Insane asylums in Bengal annual reports 1876-1887 - 1876-1887
Year: 1876
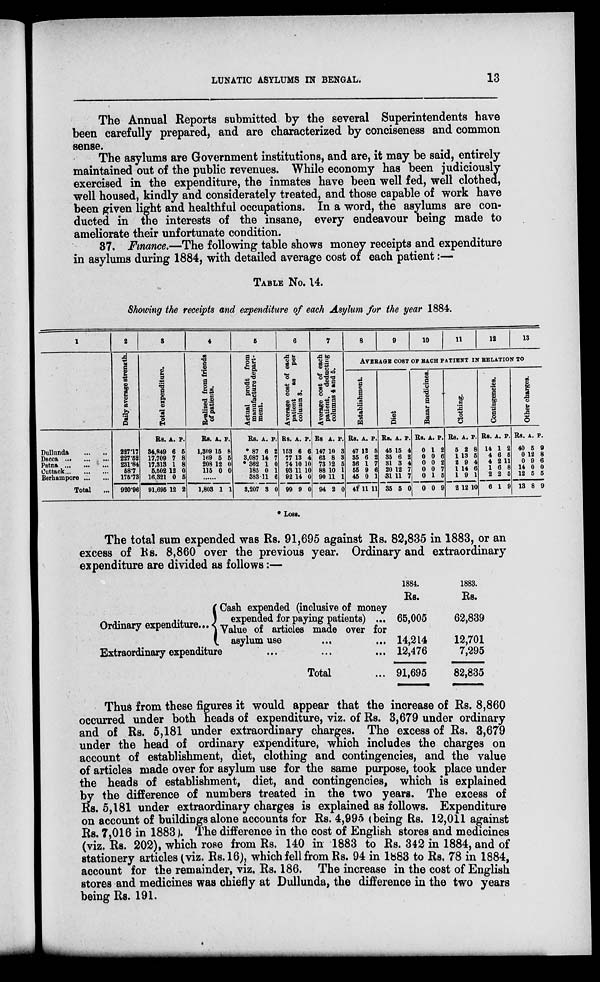
LUNATIC ASYLUMS IN BENGAL.
13
The Annual Reports submitted by the several Superintendents have
been carefully prepared, and are characterized by conciseness and common
sense.
The asylums are Government institutions, and are, it may be said, entirely
maintained out of the public revenues. While economy has been judiciously
exercised in the expenditure, the inmates have been well fed, well clothed,
well housed, kindly and considerately treated, and those capable of work have
been given light and healthful occupations. In a word, the asylums are con-
ducted in the interests of the insane, every endeavour being made to
ameliorate their unfortunate condition.
37. Finance.—The following table shows money receipts and expenditure
in asylums during 1884, with detailed average cost of each patient :—
TABLE No. 14.
Showing the receipts and expenditure of each Asylum for the year 1884.
1
Dullunda ... ... .
Dacca ... ... ...
Patna ... ... ...
Cuttack ... ... ...
Berhampore ... ...
Total ...
2
Daily average strength.
227.17
227.52
231.84
58.7
175.73
920.96
3
Total expenditure.
Rs.
34,849
17,709
17,313
5,502
16,321
91,695
A.
6
7
1
12
0
12
P.
5
8
8
0
5
2
4
Realized from friends
of patients.
Rs.
1,309
1.69
208
115
A.
15
5
12
0
P.
8
5 0
0
......
1,803 1 1
5
Actual profit from
manufacture depart-
ment.
Rs.
* 87
3,087
* 362
185
383
3,207
A.
6
14
1
0
11
3
P.
2
7
0
1
6
0
6
Average cost of each
patient
as
per
column 3.
Rs.
153
77
74
93
92
99
A.
6
13
10
11
14
9
P.
6
4
10
10
0
0
7
Average cost of each
patient, deducting
columns 4 and 5.
Rs
147
63
73
88
90
94
A.
10
8
12
10
11
2
P.
3
3
5
1
1
0
8
9
10
11
12
13
AVERAGE COST OF BACH PATIENT IN RELATION TO
Establishment.
Rs.
47
35
36
55
45
41*
A.
12
6
1
9
0
11
P.
5
2
7
6
1
11
Diet
Rs.
45
35
31
20
31
35
A.
15
6
3
12
11
5
P.
4
2
4
7
7
0
Bazar medicines.
Rs.
0
0
0
0
0
0
A.
1
0
0
0
1
0
P.
2
6 2
7
5
9
Clothing.
Rs.
5
1
2
1
1
2
A.
2
13
9
14
9
12
P.
8
5
4
6
1
10
Contingencies.
Rs.
14
4
4
1
2
6
A.
1
6
2
6
2
1
P.
2
5
11
8
5
9
Other charges.
Rs.
40
0
0
14
12
13
A.
5
12
9
0
5
8
P.
9
8
6
0
5
9
* Loss.
The total sum expended was Rs. 91,695 against Rs. 82,835 in 1883, or an
excess of Rs. 8,860 over the previous year. Ordinary and extraordinary
expenditure are divided as follows:—
Ordinary expenditure ...
Cash expended (inclusive of money
expended for paying patients) ...
Value of articles made over for
asylum use ... ...
Extraordinary expenditure ... ... ...
Total ...
1884.
Rs.
65,005
14,214
12,476
91,695
1883.
Rs.
62,839
12,701
7,295
82,835
Thus from these figures it would appear that the increase of Rs. 8,860
occurred under both heads of expenditure, viz. of Rs. 3,679 under ordinary
and of Rs. 5,181 under extraordinary charges. The excess of Rs. 3,679
under the head of ordinary expenditure, which includes the charges on
account of establishment, diet, clothing and contingencies, and the value
of articles made over for asylum use for the same purpose, took place under
the heads of establishment, diet, and contingencies, which is explained
by the difference of numbers treated in the two years. The excess of
Rs. 5,181 under extraordinary charges is explained as follows. Expenditure
on account of buildings alone accounts for Rs. 4,995 (being Rs. 12,011 against
Rs. 7,016 in 1883). The difference in the cost of English stores and medicines
(viz. Rs. 202), which rose from Rs. 140 in 1883 to Rs. 342 in 1884, and of
stationery articles (viz. Rs.16), which fell from Rs. 94 in 1883 to Rs. 78 in 1884,
account for the remainder, viz. Rs. 186. The increase in the cost of English
stores and medicines was chiefly at Dullunda, the difference in the two years
being Rs. 191.